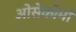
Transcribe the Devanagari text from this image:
ओसेकोमी